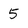
Character: 5